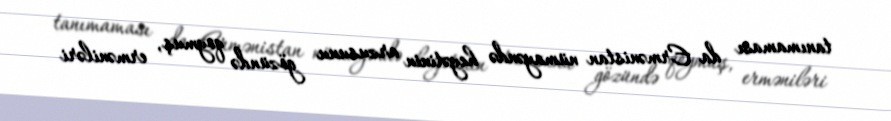
tanımaması da Ermənistan nümayəndə heyətinin arzusunu gözündə qoymuş, erməniləri